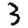
Digit: 3